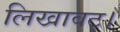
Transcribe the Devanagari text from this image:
लिखावट।